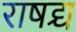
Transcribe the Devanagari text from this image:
राषद्र्य